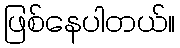
ဖြစ်နေပါတယ်။